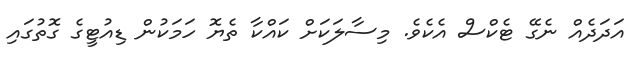
އަދަދެއް ނެގޭ ޓެކްސް އެކެވެ. މިސާލަކަށް ކައްކާ ތެޔޮ ހަމަކުން ޑިއުޓީގެ ގޮތުގައި